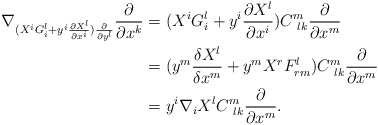
\begin{align*}\nabla_{(X^iG^l_i+y^i\frac{\partial X^l}{\partial x^i})\frac{\partial}{\partial y^l}}\frac{\partial}{\partial x^k}&=(X^iG^l_i+y^i\frac{\partial X^l}{\partial x^i})C^m_{~lk}\frac{\partial}{\partial x^m}\\&=(y^m\frac{\delta X^l}{\delta x^m}+y^mX^rF^l_{rm})C^m_{~lk}\frac{\partial}{\partial x^m}\\&=y^i\nabla_iX^lC^m_{~lk}\frac{\partial}{\partial x^m}.\end{align*}